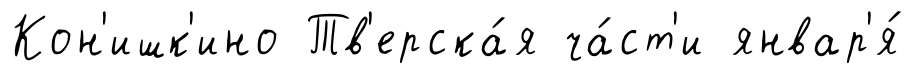
Кон'ишк'ино Тв'ерска́я ча́ст'и январ'я́